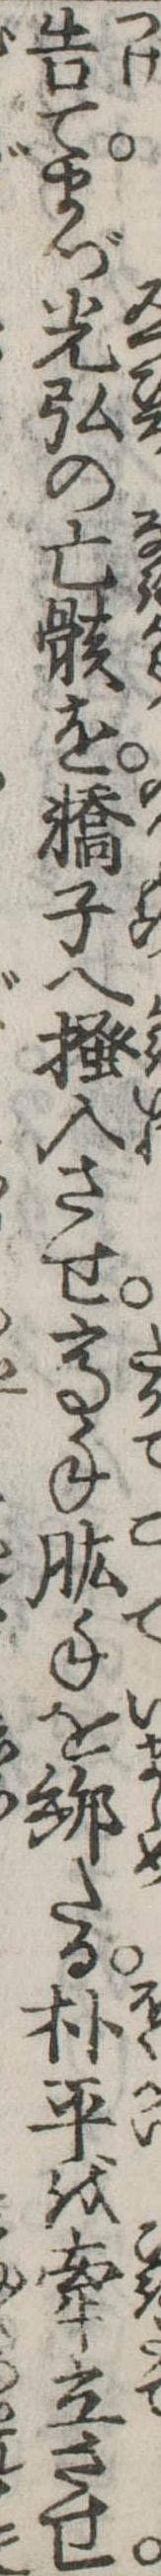
告てまづ光弘の亡骸を轎子へ掻入させ高手肱手をたる朴平を牽立させ